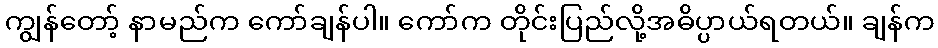
ကျွန်တော့် နာမည်က ကော်ချန်ပါ။ ကော်က တိုင်းပြည်လို့အဓိပ္ပာယ်ရတယ်။ ချန်က